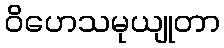
ဝိဟေသမုယျုတာ